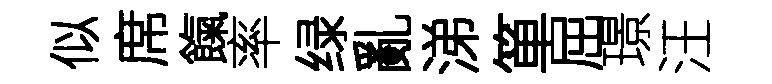
似席餼率绿亂涕箪屈璟汪